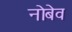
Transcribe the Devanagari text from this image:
नोबेव